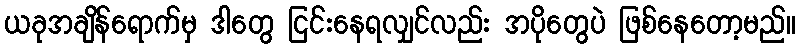
ယခုအချိန်ရောက်မှ ဒါတွေ ငြင်းနေရလျှင်လည်း အပိုတွေပဲ ဖြစ်နေတော့မည်။